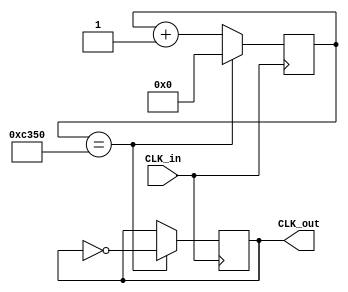
`timescale 1ns / 1ps
//////////////////////////////////////////////////////////////////////////////////
// Company: 
// Engineer: 
// 
// Design Name: 
// Module Name: CLK_DIV
// Project Name: 
// Target Devices: 
// Tool Versions: 
// Description: 
// 
// Dependencies: 
// 
// Revision:
// Revision 0.01 - File Created
// Additional Comments:
// 
//////////////////////////////////////////////////////////////////////////////////


module CLK_DIV(
    input CLK_in,
    output reg CLK_out
    );
    reg[20:0] counter;
    initial begin
        counter <= 0;
        CLK_out <= 0;
    end
    always@(posedge CLK_in) begin
        counter <= counter+1;
        if(counter == 50000) begin
            CLK_out <= ~CLK_out;
            counter <= 0;
        end
    end
endmodule